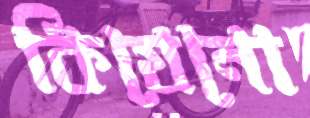
কিযেনো